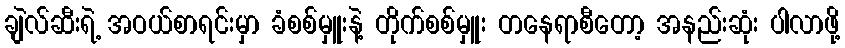
ချဲလ်ဆီးရဲ့ အဝယ်စာရင်းမှာ ခံစစ်မှူးနဲ့ တိုက်စစ်မှူး တနေရာစီတော့ အနည်းဆုံး ပါလာဖို့